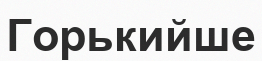
Горькийше